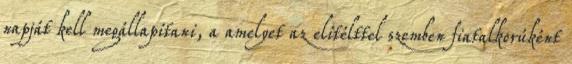
napját kell megállapítani, a amelyet az elítélttel szemben fiatalkorúként